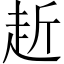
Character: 赾